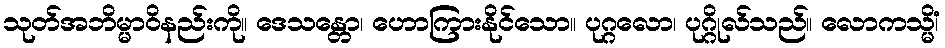
သုတ်အဘိမ္မာဝိနည်းကို။ ဒေသန္တော၊ ဟောကြားနိုင်သော။ ပုဂ္ဂလော၊ ပုဂ္ဂိုလ်သည်။ လောကသ္မိံ၊